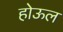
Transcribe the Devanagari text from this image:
होऊल